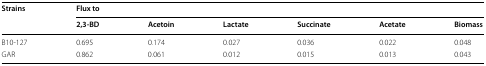
<table><thead><tr><td rowspan="2"><b>Strains</b></td><td colspan="6"><b>Flux to</b></td></tr><tr><td><b>2,3-BD</b></td><td><b>Acetoin</b></td><td><b>Lactate</b></td><td><b>Succinate</b></td><td><b>Acetate</b></td><td><b>Biomass</b></td></tr></thead><tbody><tr><td>B10-127</td><td>0.695</td><td>0.174</td><td>0.027</td><td>0.036</td><td>0.022</td><td>0.048</td></tr><tr><td>GAR</td><td>0.862</td><td>0.061</td><td>0.012</td><td>0.015</td><td>0.013</td><td>0.043</td></tr></tbody></table>